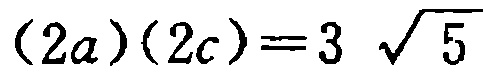
\((2a)(2c)=3\sqrt{5}\)